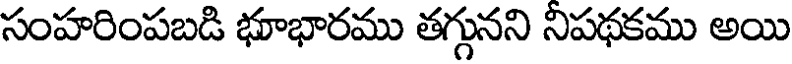
సంహరింపబడి భూభారము తగ్గునని నిపథకము అయి